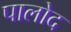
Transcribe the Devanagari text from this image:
पालोद